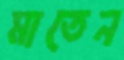
মাতেন